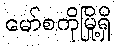
မော်စကိုမြို့ရှိ